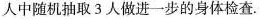
人中随机抽取3人做进一步的身体检查.